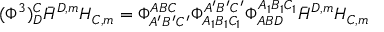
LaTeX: ( \Phi ^ { 3 } ) _ { D } ^ { C } \bar { H } ^ { D , m } H _ { C , m } = \Phi _ { A ^ { \prime } B ^ { \prime } C ^ { \prime } } ^ { A B C } \Phi _ { A _ { 1 } B _ { 1 } C _ { 1 } } ^ { A ^ { \prime } B ^ { \prime } C ^ { \prime } } \Phi _ { A B D } ^ { A _ { 1 } B _ { 1 } C _ { 1 } } \bar { H } ^ { D , m } H _ { C , m }